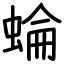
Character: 蜦